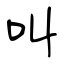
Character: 叫